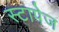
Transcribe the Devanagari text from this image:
स्टापेज